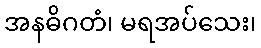
အနဓိဂတံ၊ မရအပ်သေး၊